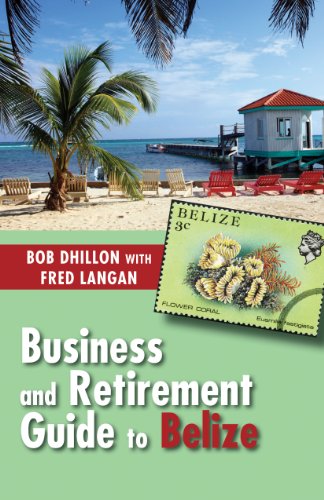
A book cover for Business and Retirement Guide to Belize: The Last Virgin Paradise; Bob Dhillon; Travel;